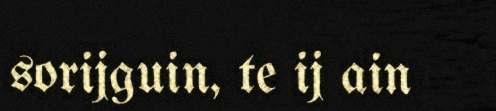
sorijguin, te ij ain